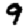
Digit: 9